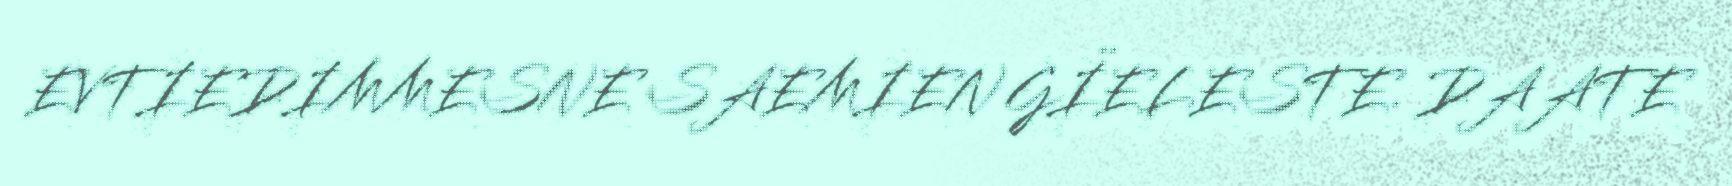
EVTIEDIMMESNE SAEMIEN GÏELESTE. DAATE